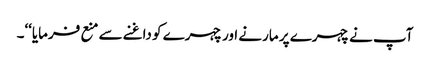
آپ نے چہرے پر مارنے اور چہرے کو داغنے سے منع فرمایا‘‘۔